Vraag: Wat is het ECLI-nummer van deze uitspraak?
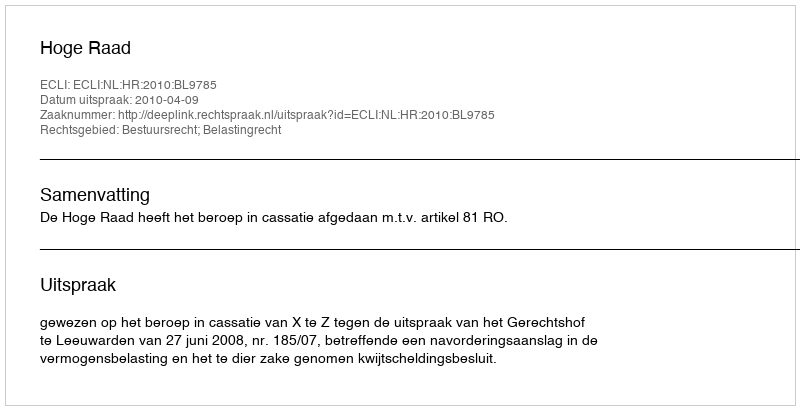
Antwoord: ECLI:NL:HR:2010:BL9785